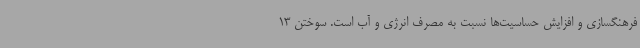
فرهنگسازی و افزایش حساسیت‌ها نسبت به مصرف انرژی و آب است. سوختن 13